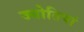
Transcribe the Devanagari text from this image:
ज्योतिषां